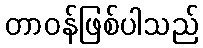
တာဝန်ဖြစ်ပါသည်